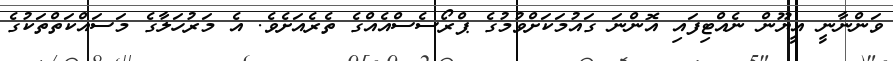
ވަންނާނީ އީޔޫން ނެއްޓިފައި އޮންނަ ގައުމަކަށްވުމުގެ ޕްރޯސެސްއެއްގެ ތެރެއަށެވެ. އެ މަރުހަލާގެ މަސައްކަތްތަކުގެ